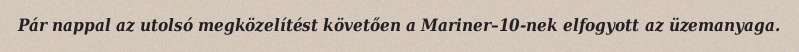
Pár nappal az utolsó megközelítést követően a Mariner–10-nek elfogyott az üzemanyaga.